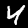
Digit: 4